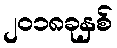
၂၀၁၈ခုနှစ်